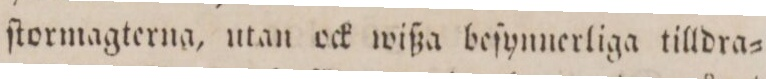
ſtormagterna, utan ock wißa beſynnerliga tilldra=